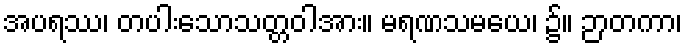
အပရဿ၊ တပါးသောသတ္တဝါအား။ မရဏသမယေ၊ ၌။ ဉာတကာ၊